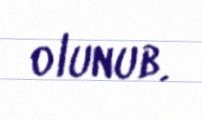
olunub.